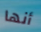
أنها